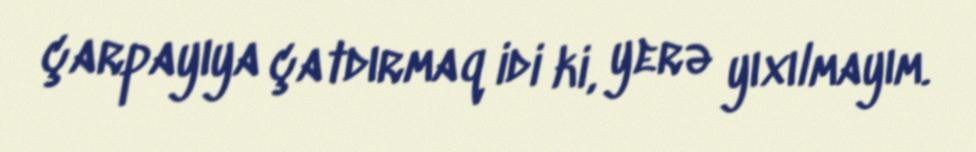
çarpayıya çatdırmaq idi ki, yerə yıxılmayım.